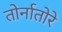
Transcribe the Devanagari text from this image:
तोर्नातोरे